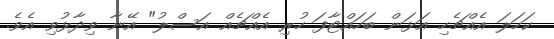
ކަހަލަ އެއްޗެހި އަޅަން ބަހައްޓާފަ ހުރި އެއްޗެއް އަސްލު" އޭނާ ވިދާޅުވި އެވެ.